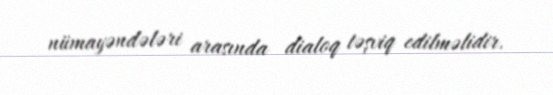
nümayəndələri arasında dialoq təşviq edilməlidir.